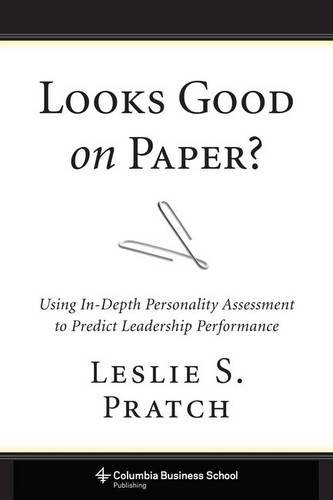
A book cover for Looks Good on Paper?: Using In-Depth Personality Assessment to Predict Leadership Performance (Columbia Business School Publishing); Leslie S. Pratch; Business & Money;